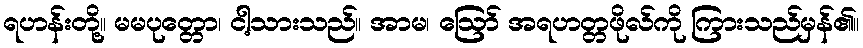
ရဟန်းတို့။ မမပုတ္တော၊ ငါ့သားသည်။ အာမ၊ ဩော် အရဟတ္တဖိုလ်ကို ကြားသည်မှန်၏။